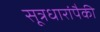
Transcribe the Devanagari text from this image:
सूत्रधारांपैकी